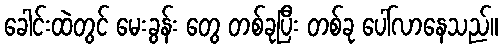
ခေါင်းထဲတွင် မေးခွန်း တွေ တစ်ခုပြီး တစ်ခု ပေါ်လာနေသည်။